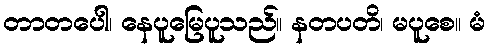
တာတပေါ၊ နေပူမြေပူသည်။ နတပတိ၊ မပူစေ။ မံ